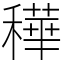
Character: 䅿